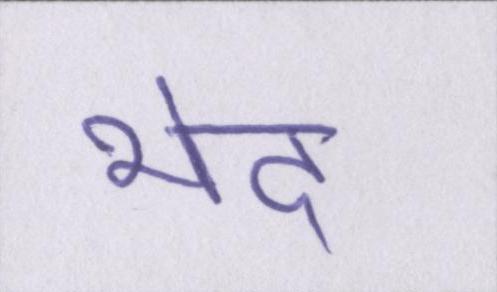
भेद